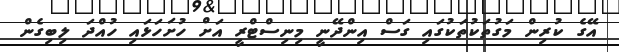
އޭގެ ކުރިން މަގުތަކުތަކުގައި ގަސް އިންދޭނީ މިނިސްޓްރީ އަށް ހުށަހަޅައި ހުއްދަ ލިބިގެން